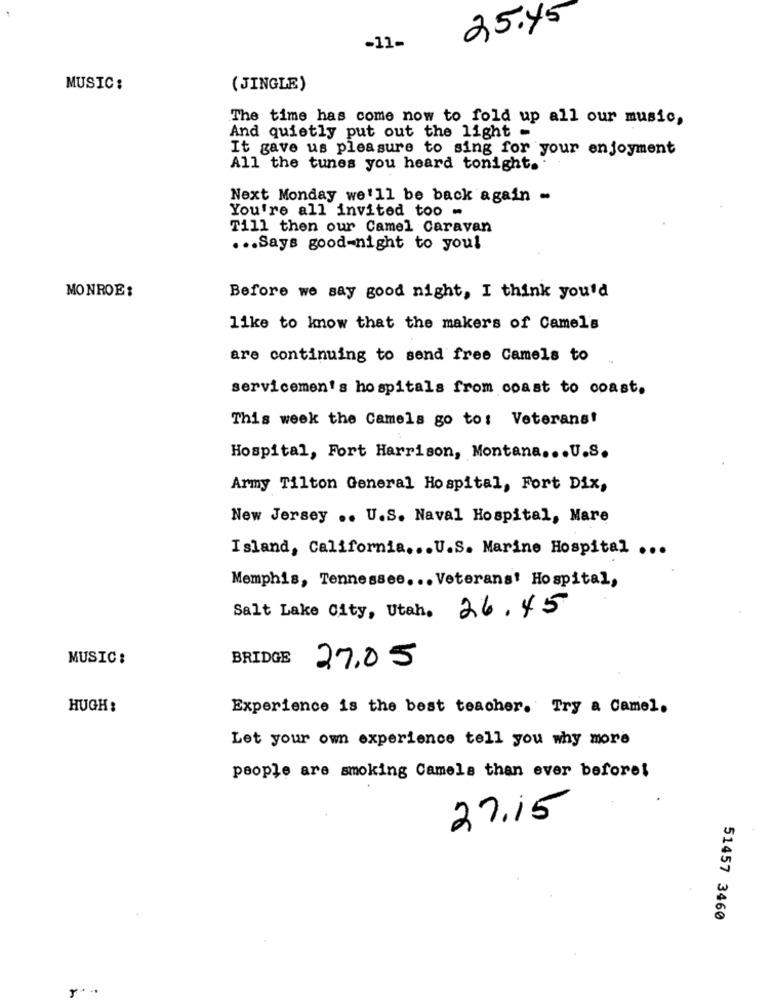
25.45
-11-
MUSIC:
(JINGLE)
The time has come now to fold up all our music,
And quietly put out the light -
It gave us pleasure to sing for your enjoyment
All the tunes you heard tonight ..
Next Monday we'll be back again -
You're all invited too .
Till then our Camel Caravan
... Says good-night to you!
MONROE:
Before we say good night, I think you'd
like to know that the makers of Camel's
are continuing to send free Camels to
servicemen's hospitals from coast to coast.
This week the Camels go to: Veterans!
Hospital, Fort Harrison, Montana ... U.S.
Army Tilton General Hospital, Fort Dix,
New Jersey .. U.S. Naval Hospital, Mare
Island, California ... U.S. Marine Hospital ...
Memphis, Tennessee ... Veterans' Hospital,
Salt Lake City, Utah. 26.45
MUSIC:
BRIDGE
27.05
HUGH:
Experience is the best teacher. Try a Camel.
Let your own experience tell you why more
people are smoking Camels than ever before!
27.15
51457 3460